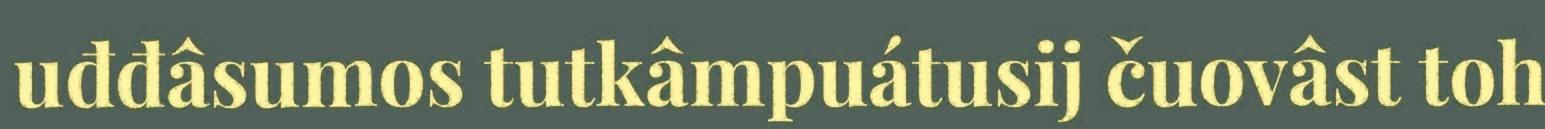
uđđâsumos tutkâmpuátusij čuovâst toh